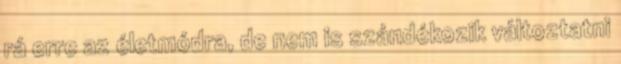
rá erre az életmódra, de nem is szándékozik változtatni